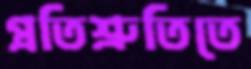
প্রতিশ্রুতিতে